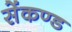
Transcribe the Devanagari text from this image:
सेंकण्ड